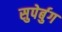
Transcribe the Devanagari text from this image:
सुपेर्बुग